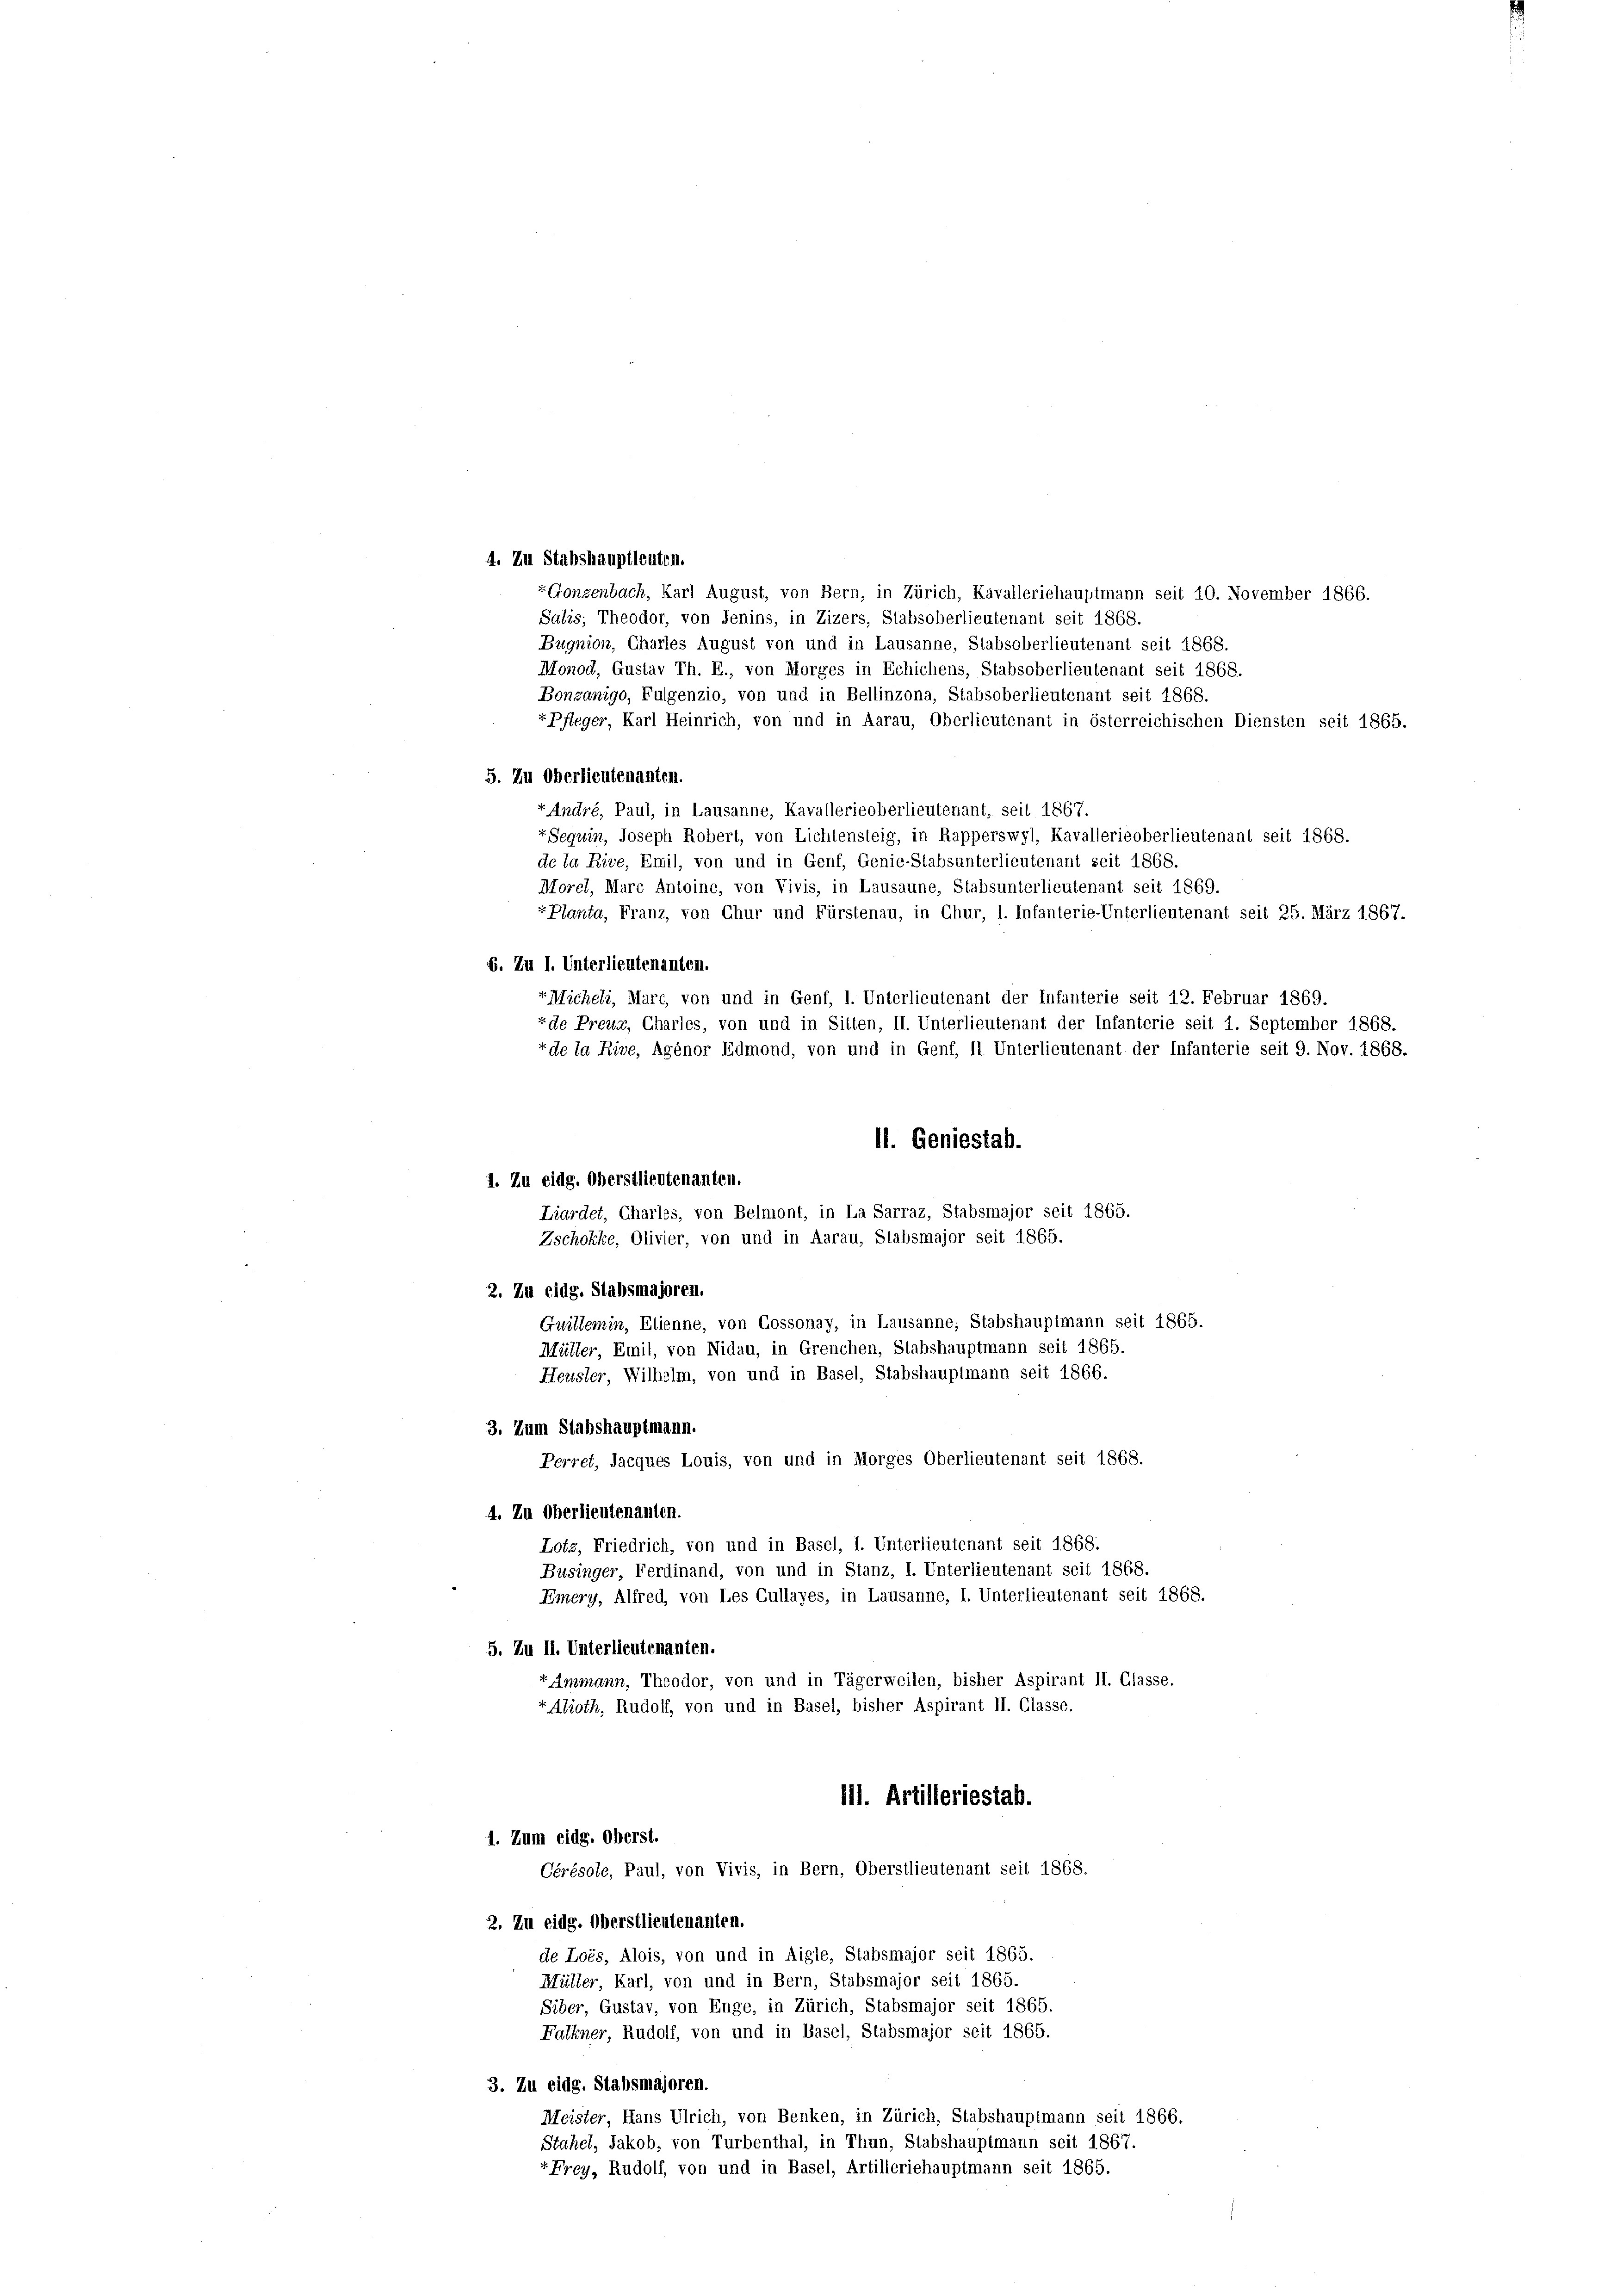
4. Zu Stabshauptleuten.
+ Gonzenbach, Karl August, von Bern, in Zürich, Kavalleriehauptmann seit 10. November 1866.
Salis; Theodor, von Jenins, in Zizers, Stabsoberlieutenant seit 1868.
Bugnion, Charles August von und in Lausanne, Stabsoberlieutenant seit 1868.
Monod, Gustav Th. E., von Morges in Echichens, Stabsoberlieutenant seit 1868.
Bonzanigo, Fulgenzio, von und in Bellinzona, Stabsoberlieutenant seit 1868.
-Pfleger, Karl Heinrich, von und in Aarau, Oberlieutenant in österreichischen Diensten seit 1865.
5. Zu Oberlieutenanten.
« André, Paul, in Lausanne, Kavallerieoberlieutenant, seit 1867.
+Seguin, Joseph Robert, von Lichtensteig, in Rapperswyl, Kavallerieoberlieutenant seit 1868.
de la Rive, Emil, von und in Genf, Genie-Stabsunterlieutenant seit 1868.
Morel, Marc Antoine, von Vivis, in Lausaune, Stabsunterlieutenant seit 1869.
-Planta, Franz, von Chur und Fürstenau, in Chur, 1. Infanterie-Unterlieutenant seit 25. März 1867.
6. Zu I. Unterlieutenanten.
t Micheli, Marc, von und in Genf, 1. Unterlieutenant der Infanterie seit 12. Februar 1869.
+de Preur, Charles, von und in Sitten, II. Unterlieutenant der Infanterie seit 1. September 1868.
+ de la Rive, Agénor Edmond, von und in Genf, II. Unterlieutenant der Infanterie seit 9. Nov. 1868.
11. Geniestab.
1. Zu eidg. Oberstlieutenanten.
Liardet, Charles, von Belmont, in La Sarraz, Stabsmajor seit 1865.
Zschokke, Olivier, von und in Aarau, Stabsmajor seit 1865.
2. Zu eidg. Stabsmajoren.
Guillemin, Etienne, von Cossonay, in Lausanne; Stabshauptmann seit 1865.
Müller, Emil, von Nidau, in Grenchen, Stabshauptmann seit 1865.
Heusler, Wilhelm, von und in Basel, Stabshauptmann seit 1866.
3. Zum Stabshauptmann.
Perret, Jacques Louis, von und in Morges Oberlieutenant seit 1868.
4. Zu Oberlieutenanten.
Lotz, Friedrich, von und in Basel, I. Unterlieutenant seit 1868.
Businger, Ferdinand, von und in Stanz, I. Unterlieutenant seit 1868.
Emery, Alfred, von Les Cullayes, in Lausanne, I. Unterlieutenant seit 1868.
5. Zu II. Unterlieutenanten.
+ Ammann, Theodor, von und in Tägerweilen, bisher Aspirant II. Glasse.
Alroth, Rudolf, von und in Basel, bisher Aspirant II. Glasse.
111. Artilleriestab.
1. Zum eidg. Oberst.
Cérésole, Paul, von Vivis, in Bern, Oberstlieutenant seit 1868.
2. Zu eidg. Oberstlieutenanten.
de Lois, Alois, von und in Aigle, Stabsmajor seit 1865.
Müller, Karl, von und in Bern, Stabsmajor seit 1865.
Siber, Gustav, von Enge, in Zürich, Stabsmajor seit 1865.
Falkner, Rudolf, von und in Hasel, Stabsmajor seit 1865.
3. Zu eidg. Stabsmajoren.
Meister, Hans Ulrich, von Benken, in Zürich, Stabshauptmann seit 1866.
Stahel, Jakob, von Turbenthal, in Thun, Stabshauptmann seit 1867.
rFrgy, Rudolf, von und in Basel, Artilleriehauptmann seit 1865.